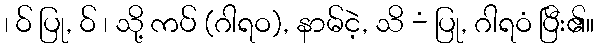
၊ ဝ် ပြု, ဝ် ၊ သို့ ကပ် (ဂါရဝ), နာမ်ငဲ့, သိ -ံ ပြု, ဂါရဝံ ပြီး၏။